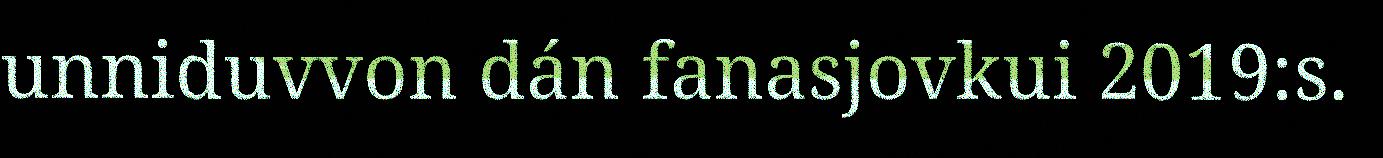
unniduvvon dán fanasjovkui 2019:s.